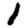
Digit: 1